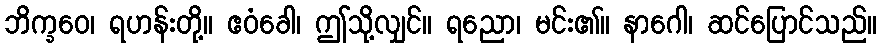
ဘိက္ခဝေ၊ ရဟန်းတို့။ ဧဝံခေါ၊ ဤသို့လျှင်။ ရညော၊ မင်း၏။ နာဂေါ၊ ဆင်ပြောင်သည်။